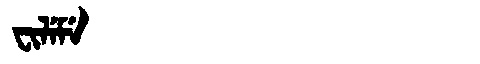
Manchu: ᠸᡳᠯᡝᠮᡝ
Romanization: FILEME